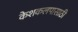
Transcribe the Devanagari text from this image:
केशकलपासाठी